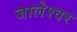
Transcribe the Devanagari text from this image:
जालेश्वर